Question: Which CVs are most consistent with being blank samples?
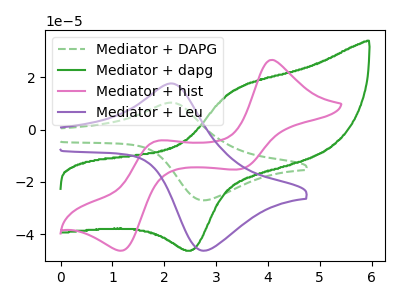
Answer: <think>The green dashed curve "Mediator + DAPG" has an anodic peak at (2.10V, 10.25uA) and a cathodic peak at (2.80V, -27.05uA). The green curve "Mediator + dapg" has an anodic peak at (3.35V, 15.00uA) and a cathodic peak at (2.55V, -46.05uA). The pink curve "Mediator + hist" has anodic peaks at (4.10V, 26.65uA) (1.85V, -4.50uA) and cathodic peaks at (3.45V, -15.15uA) (1.15V, -46.35uA). The purple curve "Mediator + Leu" has an anodic peak at (2.10V, 17.60uA) and a cathodic peak at (2.80V, -46.30uA).</think>
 <answer>There are not any CV's on this graph that are likely to be blanks.</answer>
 <eval>none</eval>